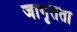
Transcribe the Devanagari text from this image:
जागृतता